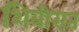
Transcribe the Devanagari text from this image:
शिबीरात